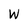
Character: W